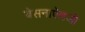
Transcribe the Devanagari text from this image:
बेसनाऐवजी